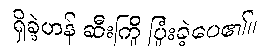
ရှိခဲ့ဟန် ဆီးကြို ပြုံးခဲ့ပေ၏။